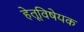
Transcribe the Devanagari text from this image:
हेतूविषेयक